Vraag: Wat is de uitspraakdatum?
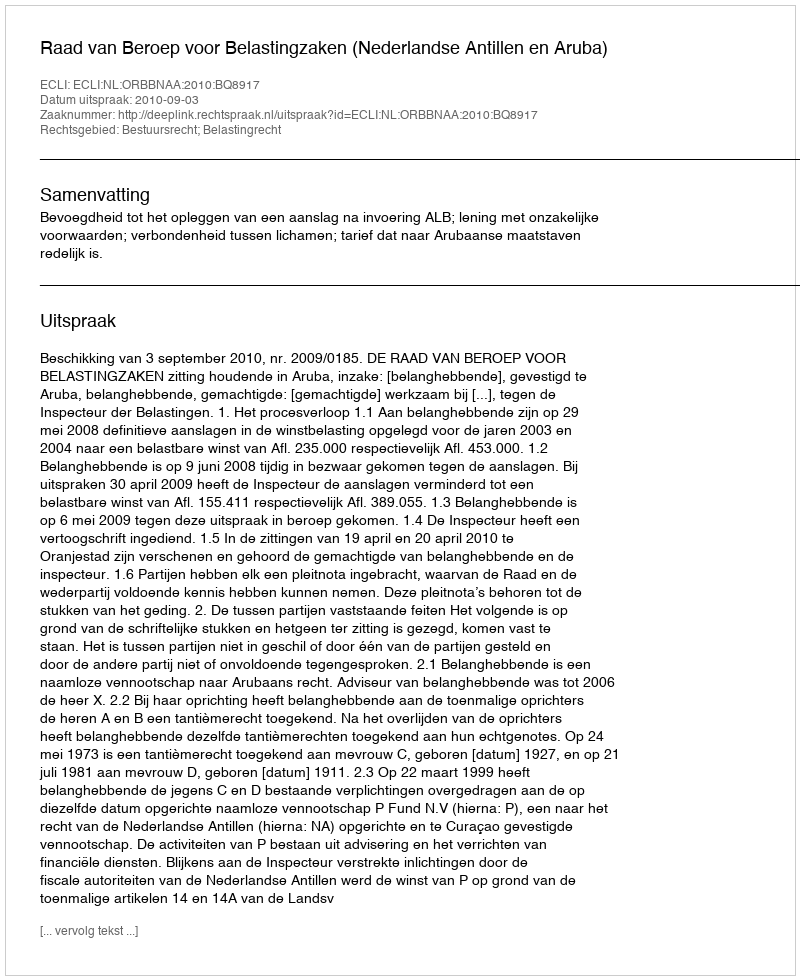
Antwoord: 2010-09-03